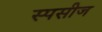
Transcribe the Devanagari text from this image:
स्पसीज